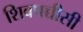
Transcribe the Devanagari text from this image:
शिवपच्चीसी